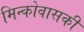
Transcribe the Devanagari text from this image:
मिन्कोवासकी